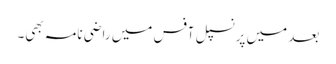
بعد میں پرنسپل آفس میں راضی نامہ بھی۔